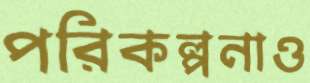
পরিকল্পনাও